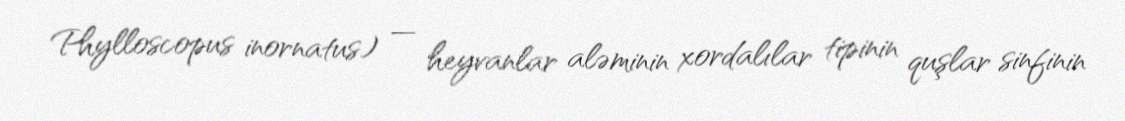
Phylloscopus inornatus) — heyvanlar aləminin xordalılar tipinin quşlar sinfinin